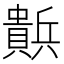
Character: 𰷒